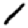
Digit: 1